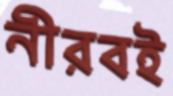
নীরবই